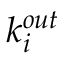
k _ { i } ^ { o u t }